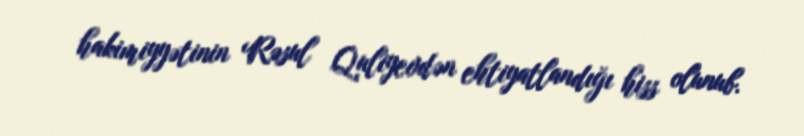
hakimiyyətinin Rəsul Quliyevdən ehtiyatlandığı hiss olunub.